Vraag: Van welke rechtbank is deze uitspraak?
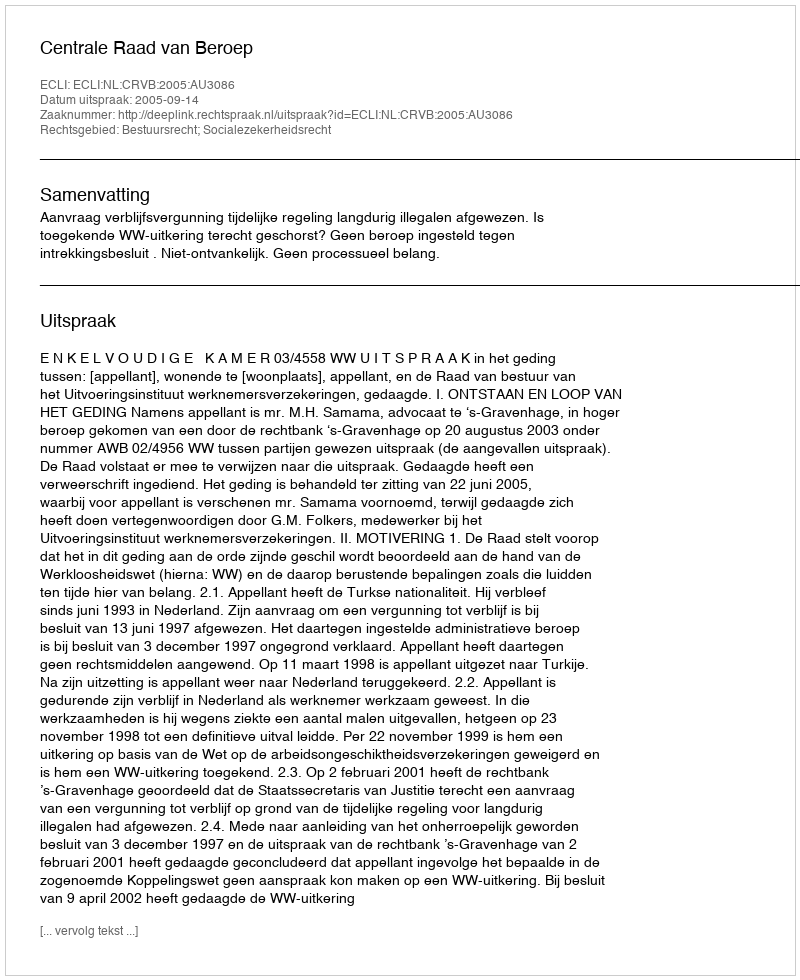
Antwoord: Centrale Raad van Beroep